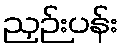
ညှဉ်းပန်း